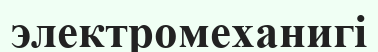
электромеханигі